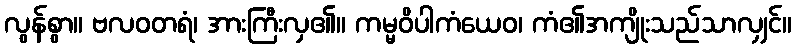
လွန်စွာ။ ဗလဝတရံ၊ အားကြီးလှ၏။ ကမ္မဝိပါကံယေဝ၊ ကံ၏အကျိုးသည်သာလျှင်။